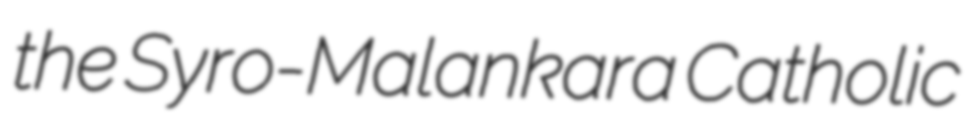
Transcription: the Syro-Malankara Catholic